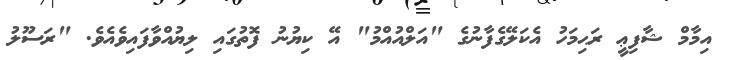
އިމާމް ޝާފިޢީ ރަޙިމަހު އެކަލޭގެފާނުގެ "އަލްއުއްމު" އޭ ކިޔުނު ފޮތުގައި ލިޔުއްވާފައިވެއެވެ. "ރަސޫލު